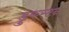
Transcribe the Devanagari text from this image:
डुकस्टन